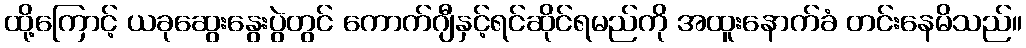
ထို့ကြောင့် ယခုဆွေးနွေးပွဲတွင် ကောက်ဂျီနှင့်ရင်ဆိုင်ရမည်ကို အထူးနောက်ခံ တင်းနေမိသည်။